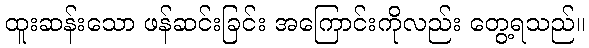
ထူးဆန်းသော ဖန်ဆင်းခြင်း အကြောင်းကိုလည်း တွေ့ရသည်။